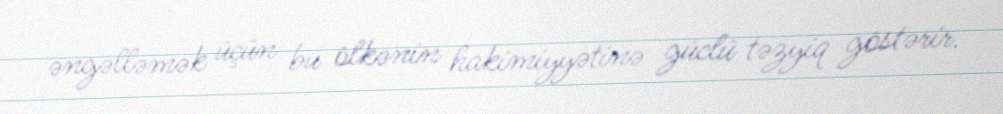
əngəlləmək üçün bu ölkənin hakimiyyətinə güclü təzyiq göstərir.